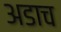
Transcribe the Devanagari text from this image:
अडाच